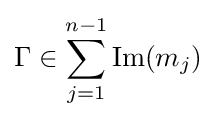
\Gamma \in \sum _{j=1}^{n-1}{\text{Im}}(m_{j})